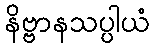
နိဗ္ဗာနသပ္ပါယံ